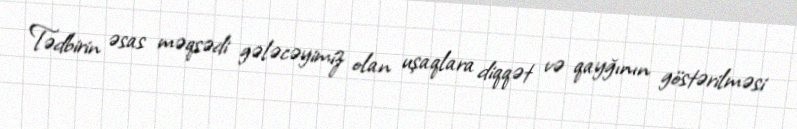
Tədbirin əsas məqsədi gələcəyimiz olan uşaqlara diqqət və qayğının göstərilməsi